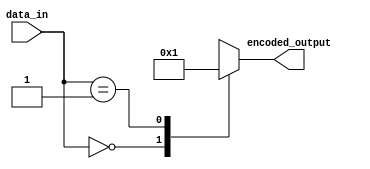
module Encoder (
    input [7:0] data_in,
    output reg [3:0] encoded_output
);

// Data processing block
reg [7:0] processed_data;
always @* begin
    processed_data = data_in;
    // Add processing logic here if necessary
end

// Mapping block
always @* begin
    case (processed_data)
        // Define mapping rules here
        // Example:
        8'b00000000: encoded_output = 4'b0000;
        8'b00000001: encoded_output = 4'b0001;
        // Add more mapping rules as needed
        default: encoded_output = 4'bXXXX; // Handle undefined inputs
    endcase
end

endmodule